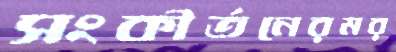
সংকীর্তনেরমর